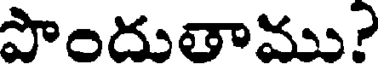
పొందుతాము?